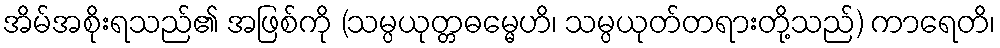
အိမ်အစိုးရသည်၏ အဖြစ်ကို (သမ္ပယုတ္တဓမ္မေဟိ၊ သမ္ပယုတ်တရားတို့သည်) ကာရေတိ၊